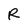
Character: R